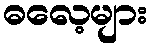
ဓလေ့များ